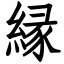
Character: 縁